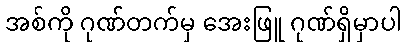
အစ်ကို ဂုဏ်တက်မှ အေးဖြူ ဂုဏ်ရှိမှာပါ